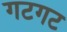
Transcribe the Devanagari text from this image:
गटगट